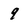
Character: 9